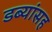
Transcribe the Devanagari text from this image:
डब्यांसह